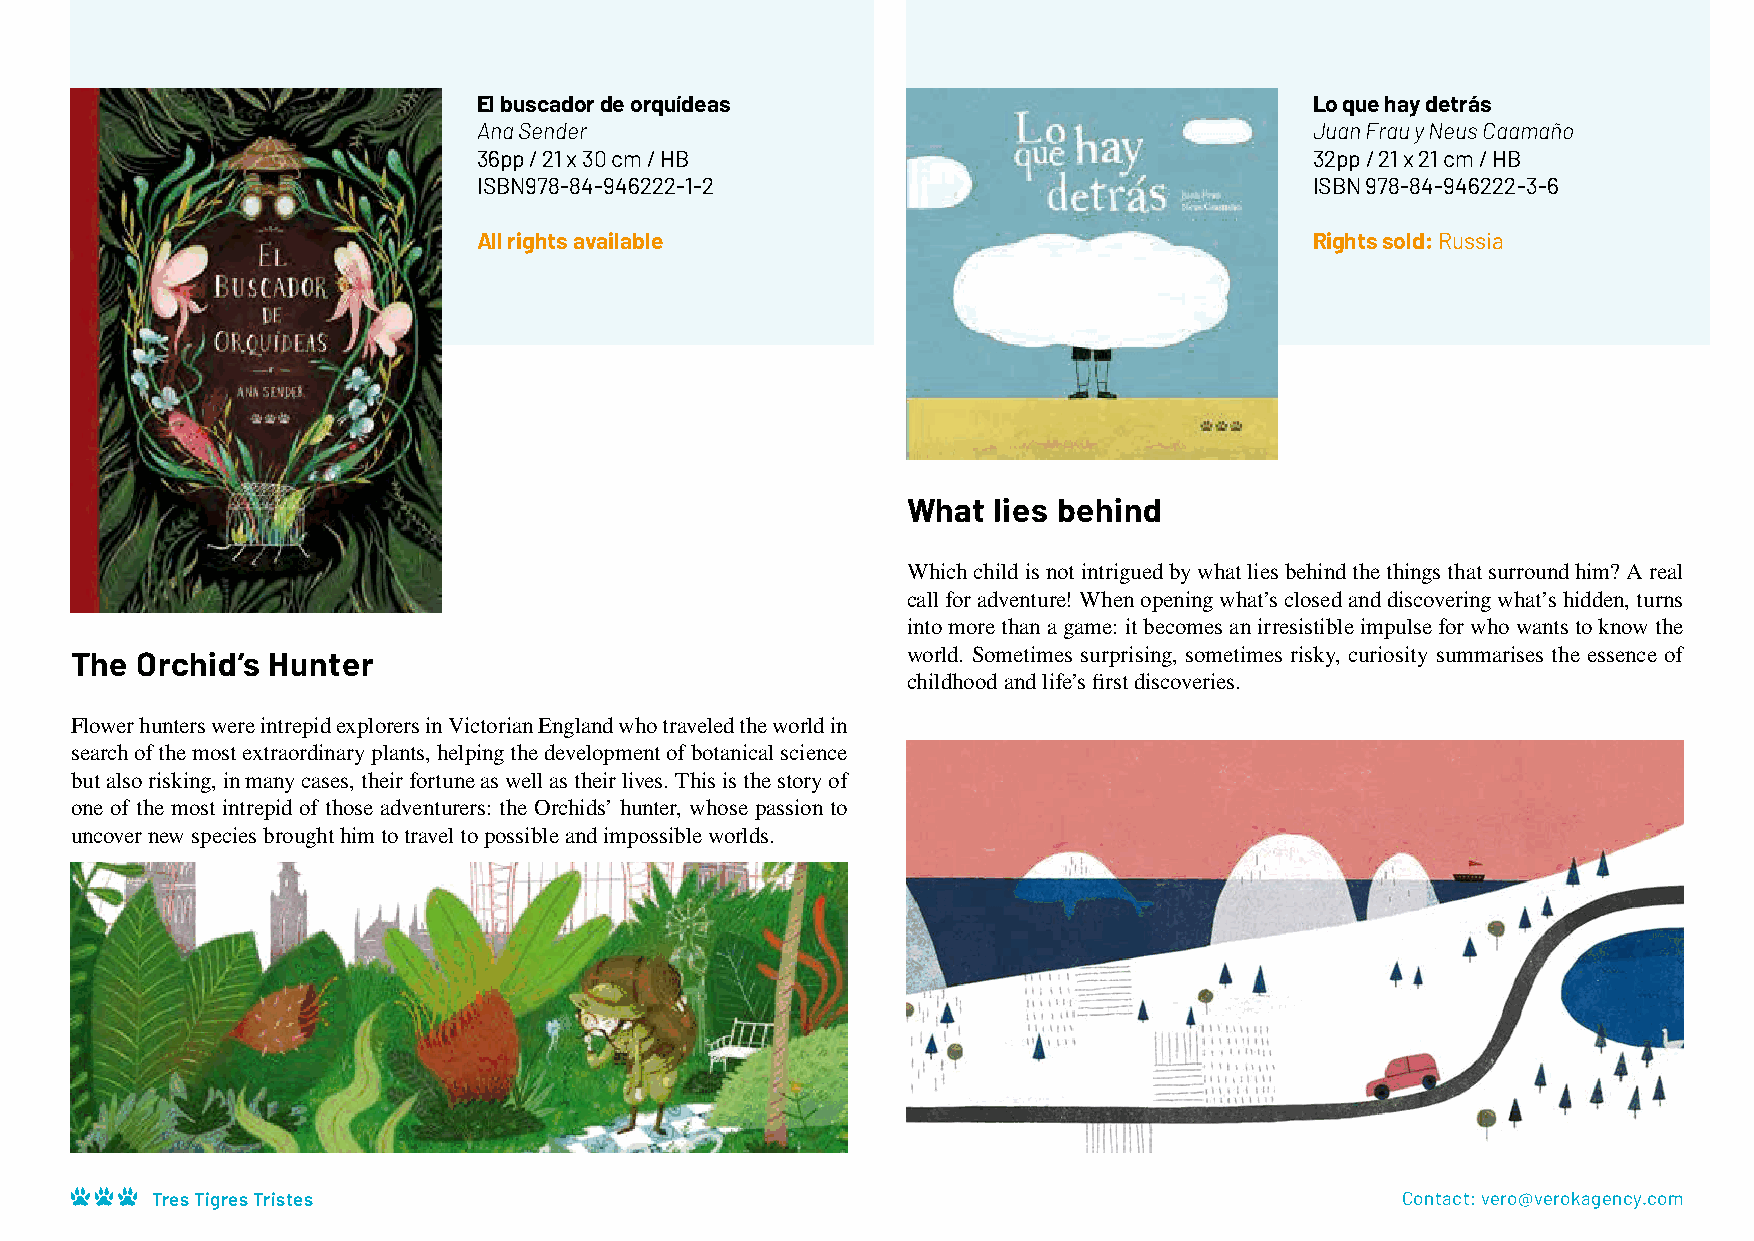
El buscador de orquídeas                               Lo que hay detrás
 Ana Sender                                             Juan Frau y Neus Caamaño
 36pp / 21 x 30 cm / HB                                 32pp / 21 x 21 cm / HB
 ISBN978-84-946222-1-2                                  ISBN 978-84-946222-3-6
 All rights available                                   Rights sold: Russia
 What  lies behind
 Which child is not intrigued by what lies behind the things that surround him? A real
 call for adventure! When opening what’s closed and discovering what’s hidden, turns
 into more than a game: it becomes an irresistible impulse for who wants to know the
 The Orchid’s Hunter                                    world. Sometimes surprising, sometimes risky, curiosity summarises the essence of
 childhood and life’s first discoveries.
 Flower hunters were intrepid explorers in Victorian England who traveled the world in
 search of the most extraordinary plants, helping the development of botanical science
 but also risking, in many cases, their fortune as well as their lives. This is the story of
 one of the most intrepid of those adventurers: the Orchids’ hunter, whose passion to
 uncover new species brought him to travel to possible and impossible worlds.
 Tres Tigres Tristes                                                                Contact: vero@verokagency.com